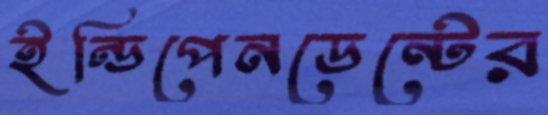
ইন্ডিপেনডেন্টের